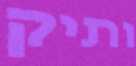
ותיק